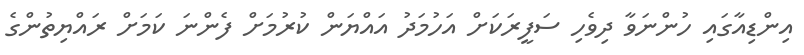
އިންޑިއާގައި ހުންނަވާ ދިވެހި ސަފީރަކަށް އަހުމަދު އައްޔަން ކުރުމަށް ފެންނަ ކަމަށް ރައްޔިތުންގެ